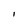
Character: I